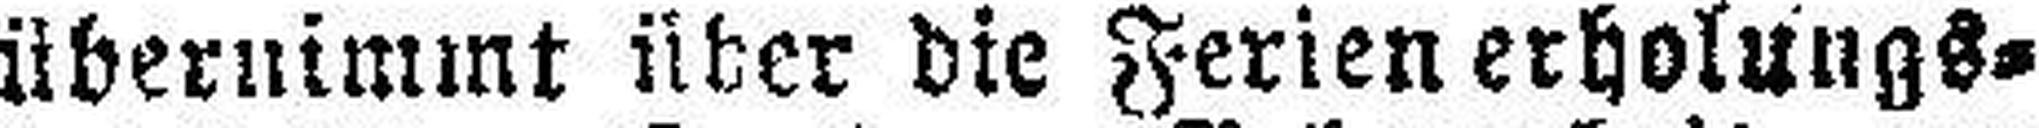
übernimmt über die Ferien erholungs¬